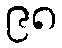
၉၈